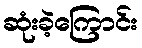
ဆုံးခဲ့ကြောင်း